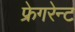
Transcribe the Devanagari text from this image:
फ्रेगरेन्ट